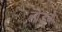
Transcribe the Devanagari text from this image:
लोड़बो